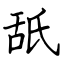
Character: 舐